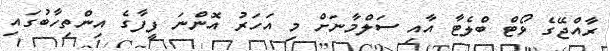
ރާއްޖޭގެ ވޯޓް ބްލެޓާ އާއި ސަލްމާނަށް މި އަހަރު އޮންނަ ފީފާގެ އިންތިހާބުގައި